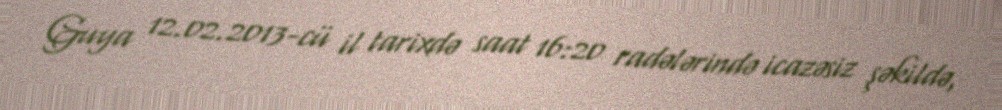
Guya 12.02.2013-cü il tarixdə saat 16:20 radələrində icazəsiz şəkildə,